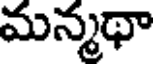
మన్మథా